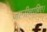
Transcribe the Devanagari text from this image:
जानीचाहिए।